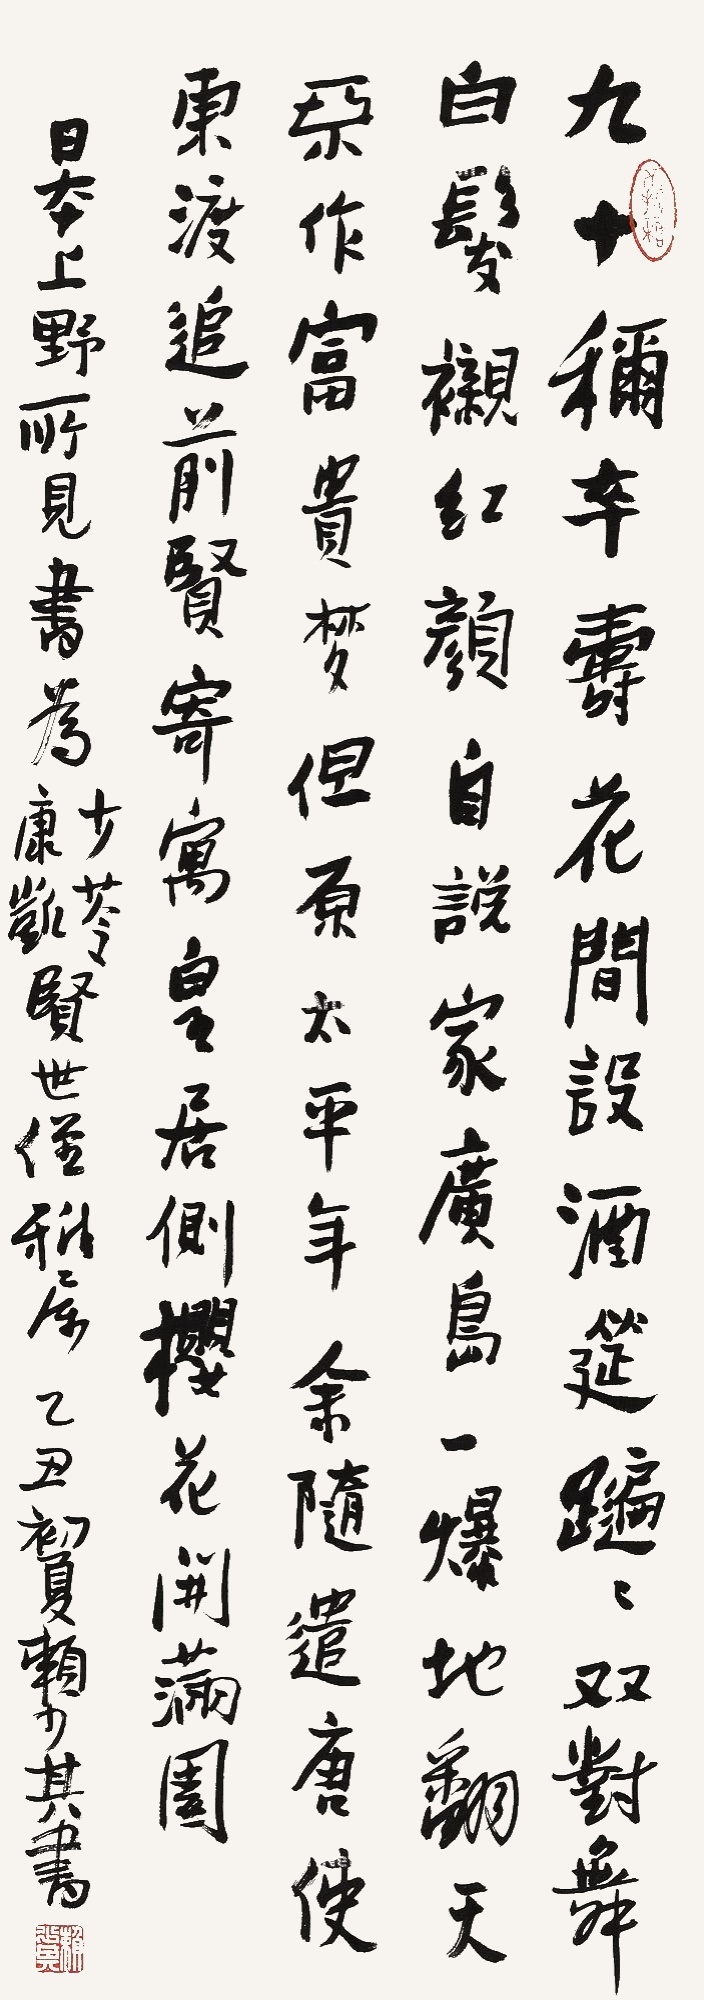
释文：九十称卒寿，花间设酒筵。蹁蹁双对舞，白发衬红颜。自说家广岛，一爆地翻天。不作富贵梦，但愿太平年。余随遣唐使，东渡追前贤。寄寓皇居侧，樱花开满园。日本上野所见，书为少苓、康凯贤世侄雅属，乙丑初夏赖少其书。